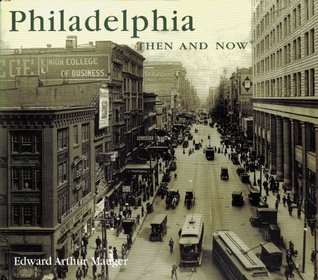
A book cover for Philadelphia Then and Now (Compact) (Then & Now Thunder Bay); Edward Arthur Mauger; Travel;